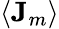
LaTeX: \langle\mathbf{J}_{m}\rangle